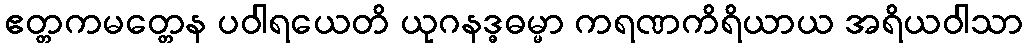
ဧတ္တကမတ္တေန ပဝါရယေတိ ယုဂနဒ္ဓဓမ္မာ ကရဏကိရိယာယ အရိယဝါသာ